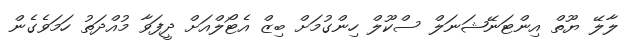
ލާލޭ ޔޫތް އިންޓަނޭޝަނަލް ސްކޫލް ހިންގުމަށް ބިޒް އެޓޯލްއަށް ދީފަވާ މުއްދަތު ހަމަވެގެން